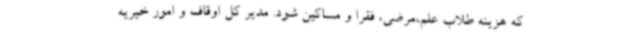
که هزینه طلاب علم،مرضی، فقرا و مساکین شود. مدیر کل اوقاف و امور خیریه